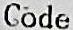
CODE